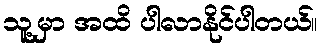
သူ့မှာ အထိ ပါလာနိုင်ပါတယ်။